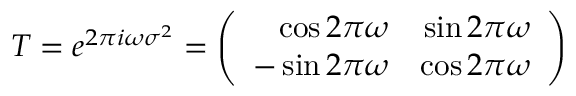
T = e ^ { 2 \pi i \omega \sigma ^ { 2 } } = \left( \begin{array} { r r } { { \cos 2 \pi \omega } } & { { \sin 2 \pi \omega } } \\ { { - \sin 2 \pi \omega } } & { { \cos 2 \pi \omega } } \end{array} \right)